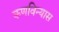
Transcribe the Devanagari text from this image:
कणविन्यास